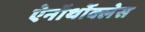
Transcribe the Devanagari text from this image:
ऐनॉर्थोक्लेस